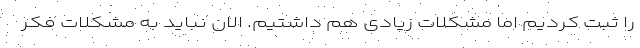
را ثبت کردیم اما مشکلات زیادی هم داشتیم. الان نباید به مشکلات فکر